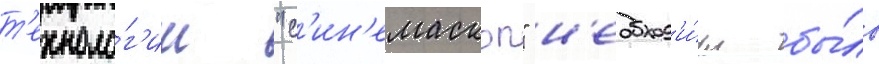
т'ехноло́г'ии "с'ин'емаскоп" н'еобход'и́мо бы́ло